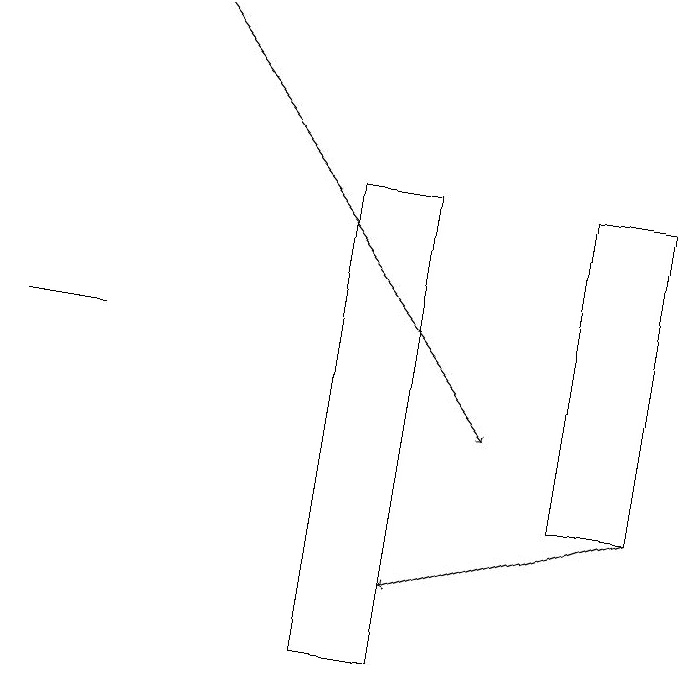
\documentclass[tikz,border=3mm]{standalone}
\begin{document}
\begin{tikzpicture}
\draw[->] (3,19) -- (7,14);
\draw[->] (9,13) -- (6,12);
\draw (6,11) rectangle (5,17);
\draw (8,13) rectangle (9,17);
\draw (2,15) rectangle (1,15);
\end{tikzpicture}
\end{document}